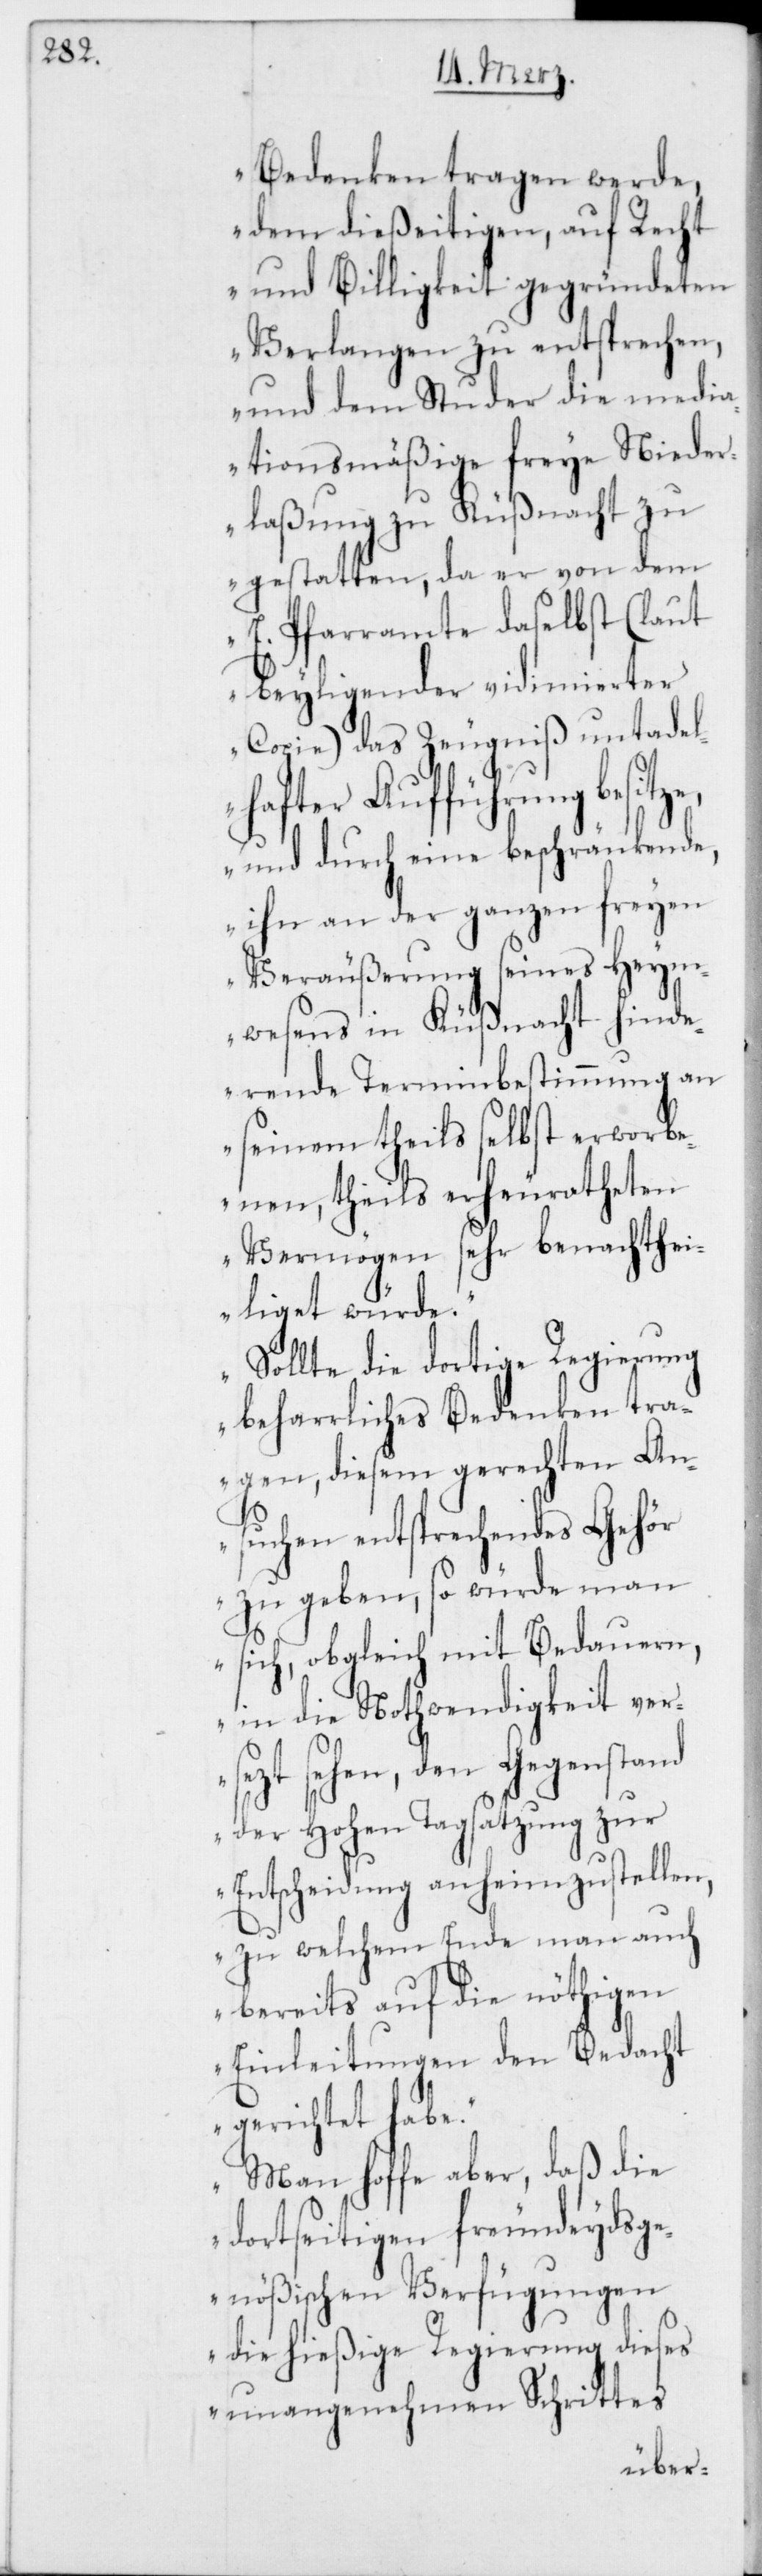
Bedenken tragen werde,
dem dießeitigen, auf Recht
und Billigkeit gegründeten
Verlangen zu entsprechen,
und dem Studer die media¬
tionsmäßige freye Nieder¬
laßung zu Küßnacht zu
gestatten, da er von dem
E. Pfarramte daselbst (laut
beyligender vidimierter
Copie) das Zeugniß untadel¬
hafter Aufführung besitze,
und durch eine beschränkende,
ihn an der ganzen freyen
Veräußerung seines Heym¬
wesens in Küßnacht hinde¬
rende Terminbestimmung an
seinem theils selbst erworbe¬
nen, theils erheuratheten
Vermögen sehr benachthei¬
liget würde.
Sollte die dortige Regierung
beharrliches Bedenken tra¬
gen, diesem gerechten An¬
suchen entsprechendes Gehör
zu geben, so würde man
sich, obgleich mit Bedauern,
in die Nothwendigkeit ver¬
sezt sehen, den Gegenstand
der Hohen Tagsatzung zur
Entscheidung anheimzustellen,
zu welchem Ende man auch
bereits auf die nöthigen
Einleitungen den Bedacht
gerichtet habe.
Man hoffe aber, daß die
dortseitigen freundeydsg¬
enößischen Verfügungen
die hießige Regierung dieses
unangenehmen Schrittes